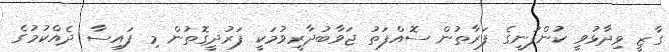
ގާޒީ ވިދާޅުވީ ކުންފުނީގެ ފަރާތުން ސޮއްފަތު ޖަވާބުދާރީވުމަކީ ފަރުދީގޮތުން މި ފައިސާ ދެއްކުމުގެ